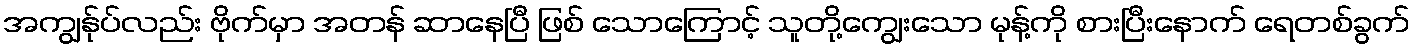
အကျွန်ုပ်လည်း ဗိုက်မှာ အတန် ဆာနေပြီ ဖြစ် သောကြောင့် သူတို့ကျွေးသော မုန့်ကို စားပြီးနောက် ရေတစ်ခွက်